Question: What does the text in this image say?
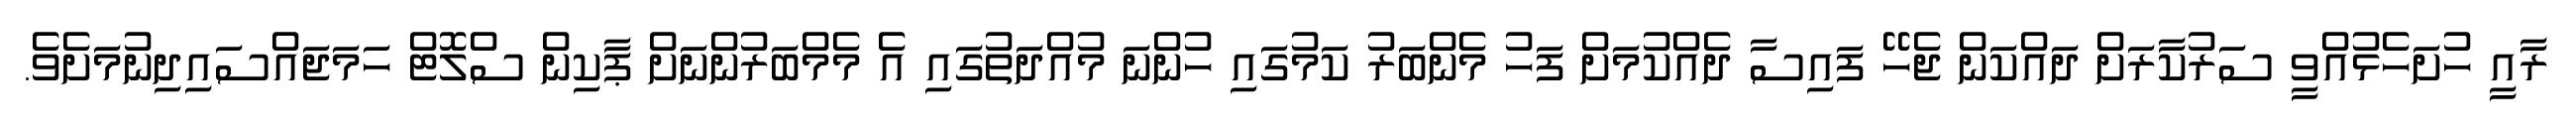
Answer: ރާއީ ހުށަހެޅުއްވީ ސަރުކާރަށް ދައްކަން ޖެހޭ ފައިސާ ދެއްކުމަށް ފަހު މެންބަރު ކަމުގައި ހުންނަ މުއްދަތުގައި އެ މެމްބަރުންނަށް ޕާކިން ސްލޮޓް ހަމަޖައްސައިދިނުމަށެވެ.